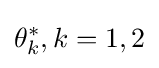
\theta _{k}^{*},k=1,2